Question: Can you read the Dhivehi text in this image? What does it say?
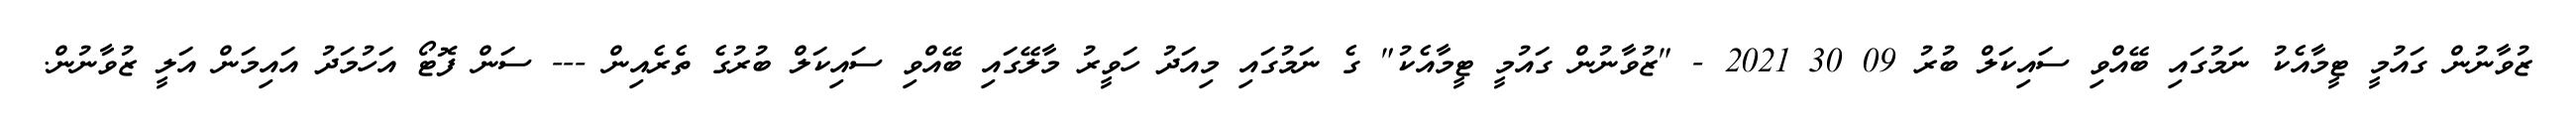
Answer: ޒުވާނުން ގައުމީ ޓީމާއެކު ނަމުގައި ބޭއްވި ސައިކަލް ބުރު 09 30 2021 - "ޒުވާނުން ގައުމީ ޓީމާއެކު" ގެ ނަމުގައި މިއަދު ހަވީރު މާލޭގައި ބޭއްވި ސައިކަލް ބުރުގެ ތެރެއިން --- ސަން ފޮޓޯ އަހުމަދު އައިމަން އަލީ ޒުވާނުން.